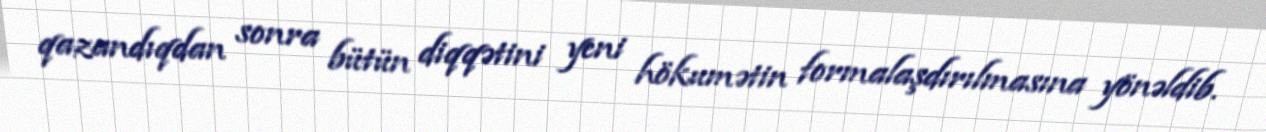
qazandıqdan sonra bütün diqqətini yeni hökumətin formalaşdırılmasına yönəldib.